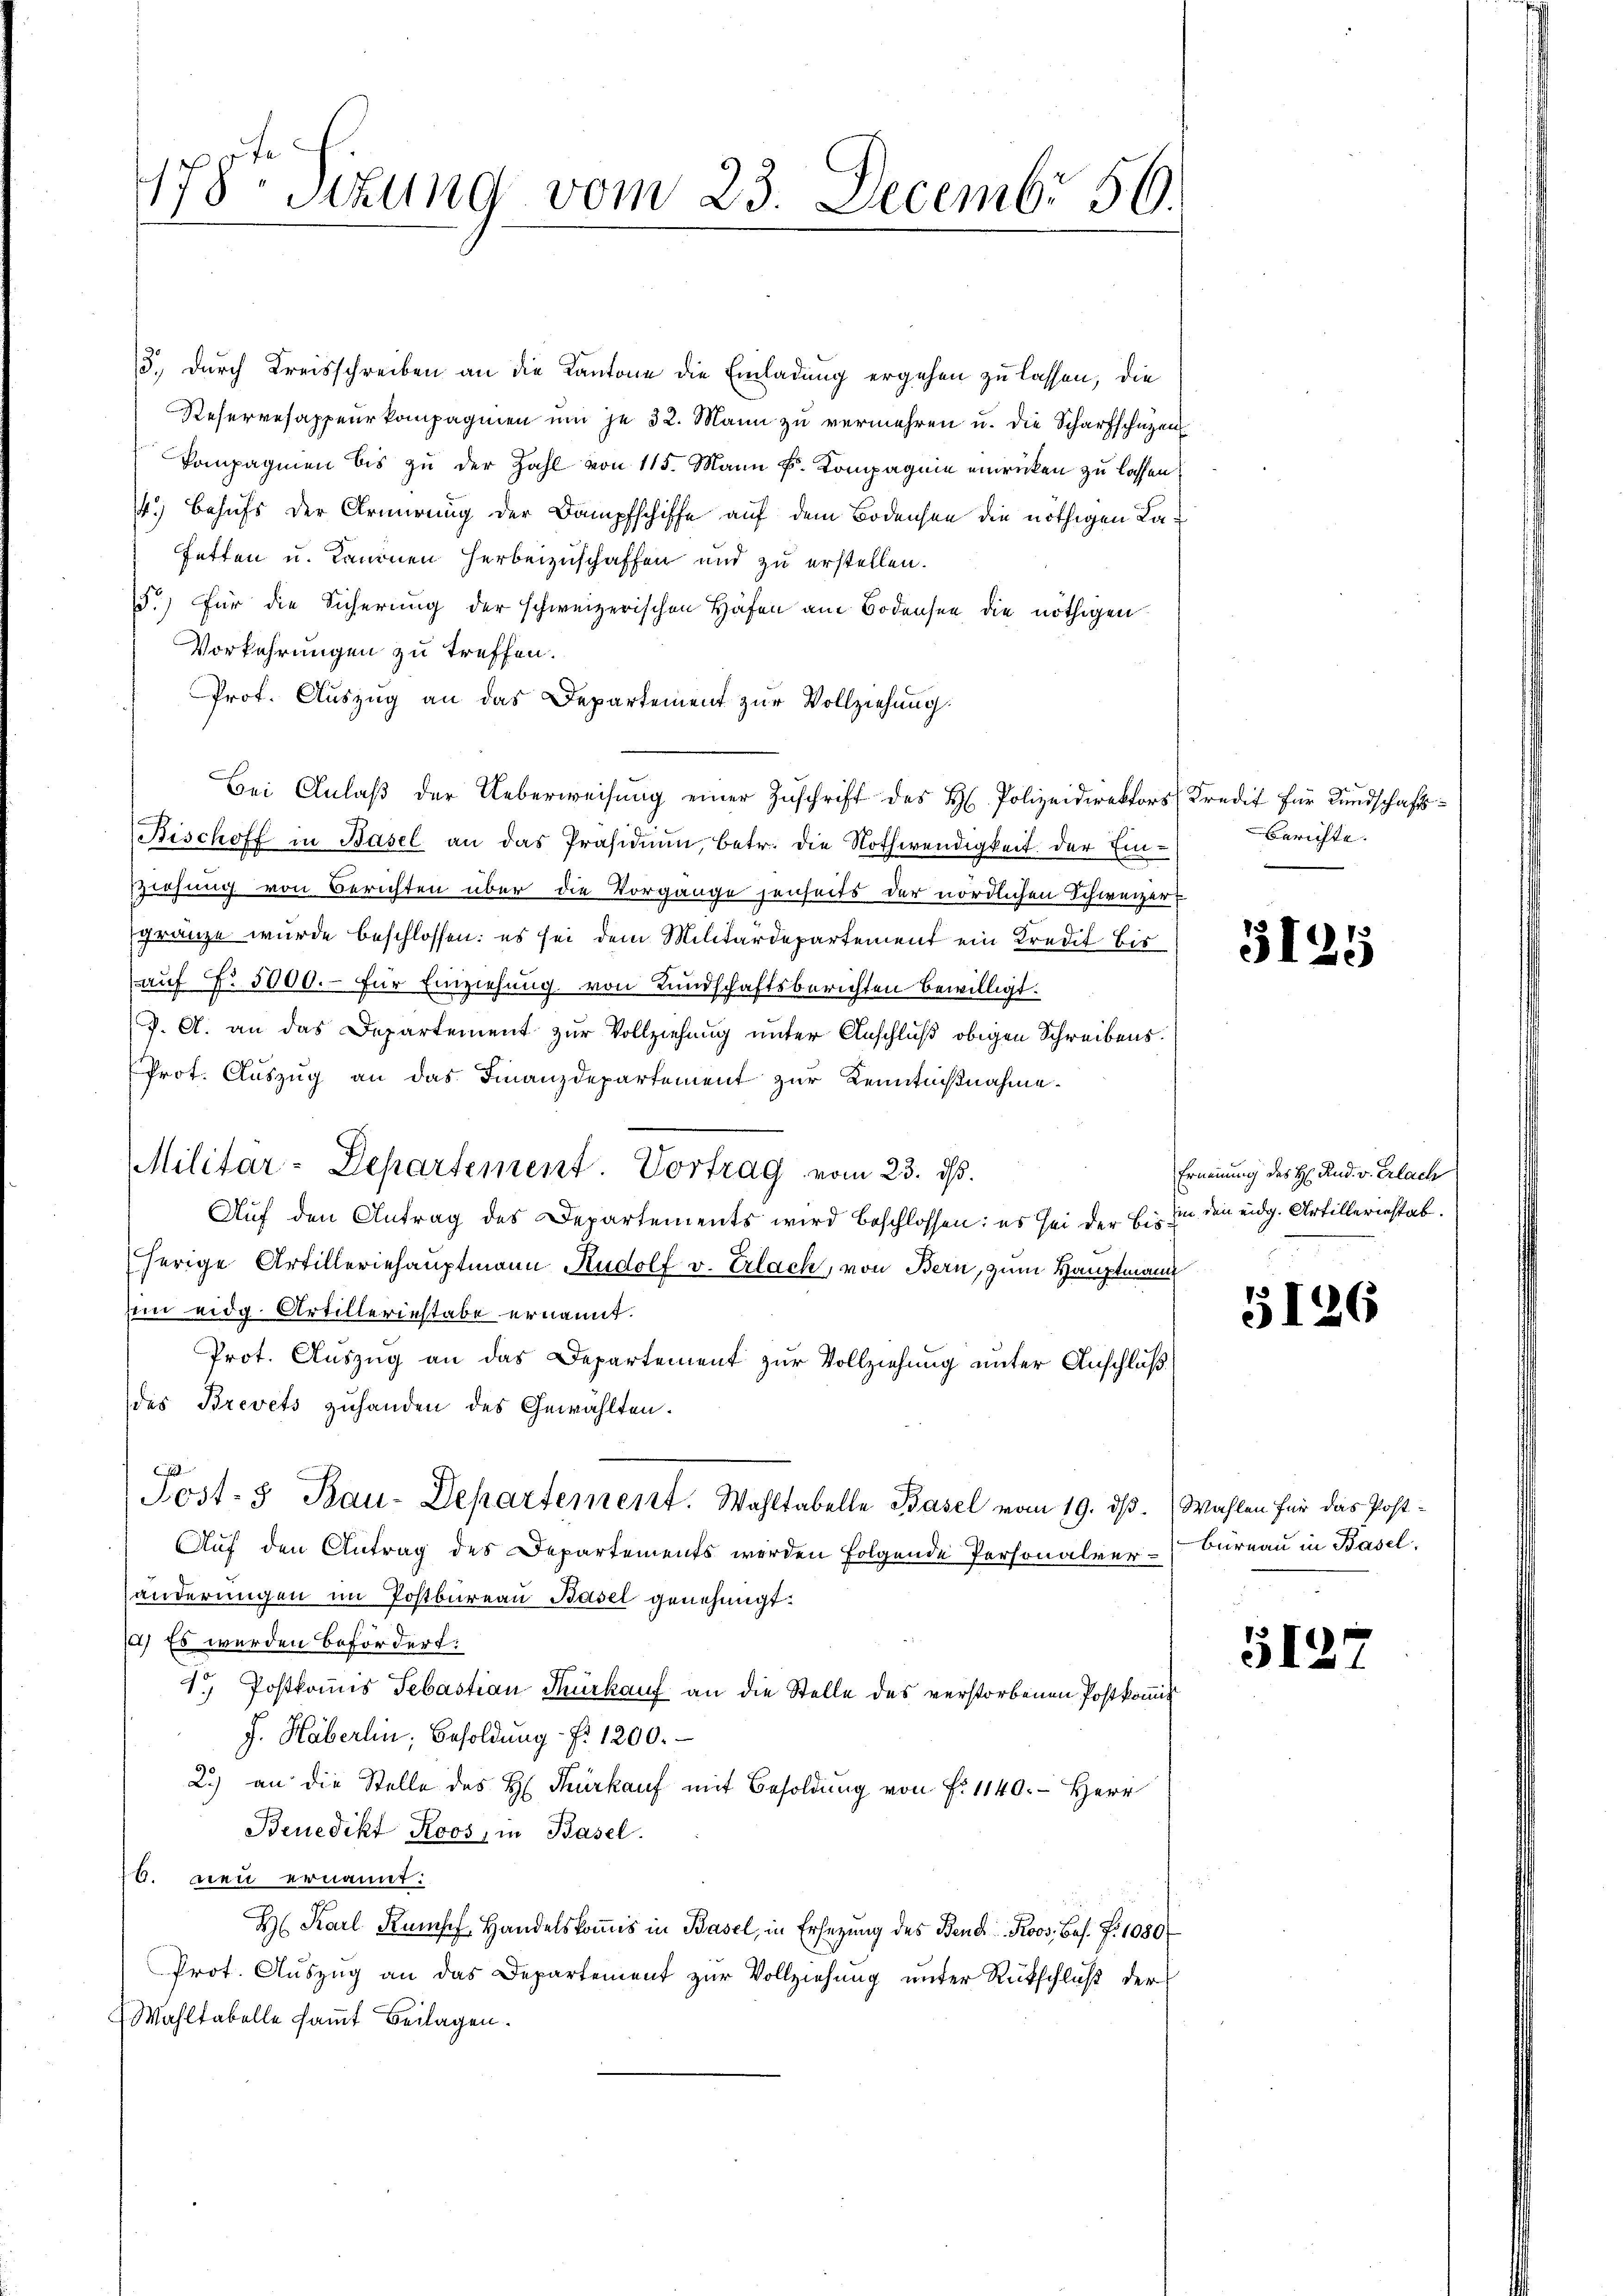
178ten Sizung vom 23. Decembr 56.

13., durch Kreisschreiben an die Kantone die Einladung ergehen zu lassen, die
Reserresappeurkompagnien um je 32. Mann zu vermehren u. die Scharfschüzen
Compagnien bis zu der Zahl von 115. Mann k. Kompagnie einricken zu lassen,
4.) Behufs der Armirung der Dampfschiffe auf dem Bodensee die nöthigen Lafetten u. kanonen Herbeizuschaffen und zu erstellen.
5.) Für die Sicherung der schweizerischen Häfen am Bodensee die nöthigen
Vorkehrungen zu treffen.
Prof. Auszug an das Departement zur Vollziehung.
Bei Anlaß der Ueberweisung einer Zuschrift des H. Polizeidirektors Kredit für Kundschafts¬
Bischoff in Basel an das Präsidium, betr. die Nothwendigkeit der Ein¬
Ziehung von Berichten über die Vorgange jenseits der nördlichen Schweizer-
gränze wurde beschlossen: es sei dem Militärdepartement ein Kredit bis
(auf No. 5000.- für Einziehung von Kundschaftsberichten bewilligt.
J. A. an das Departement zur Vollziehung unter Anschluß obigen Schreibens.
Prot. Auszug an das Finanzdepartement zur Kenntnißnahme.
Militar-Departement. Vortrag vom 23. ds.
Auf den Antrag des Departements wird beschlossen: es sei der bis in den eidg. Artilleriestab.
herige Artilleriehauptmann Rudolf v. Erlach, von Bern, zum Hauptmann
sin eidg. Artilleriestabe ernannt.
Prot. Auszug an das Departement zur Vollziehung unter Anschluß
des Brevets zuhanden des Gewählten.
Post- & Bau-Departement. Wahltabelle Basel vom 19. ds. Wahlen für das Post-
Auf den Antrag des Departements werden folgende Personalver-Bureau in Basel,
händerungen im Postbureau Basel genehmigt.
1) Es werden befördert:
1. Postkomis Sebastian Türkauf an die Stelle des verstorbenen Postkommis
J. Häberlin, Besoldung f. 1200.
2.) an die Stelle des H. Fürkauf mit Besoldung von F. 1140. Herr
Benedikt Roos, in Basel.
70. neu ernannt:
H. Karl Kümsef Handelskoṁis in Basel, in Ersetzŭng des Bend Roos, bes. Fr. 1080
Prot. Auszug an das Departement zur Vollziehung unter Rükschluß der
Wahltabelle samt Beilagen.

Berichte.

3125

Ernennung des H. Rud. v. Erlach

5126

5127